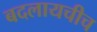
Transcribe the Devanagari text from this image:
बदलायचीच